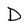
Character: D